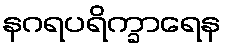
နဂရပရိက္ခာရေန